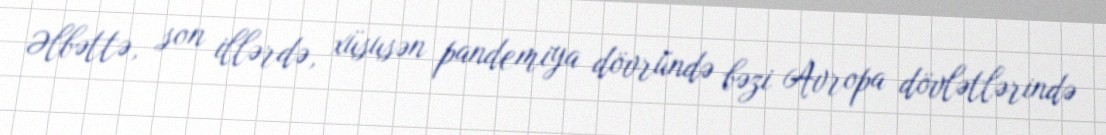
Əlbəttə, son illərdə, xüsusən pandemiya dövründə bəzi Avropa dövlətlərində